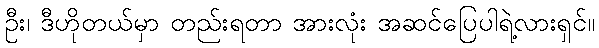
ဦး၊ ဒီဟိုတယ်မှာ တည်းရတာ အားလုံး အဆင်ပြေပါရဲ့လားရှင်။